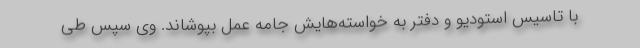
با تاسیس استودیو و دفتر به خواسته‌هایش جامه عمل بپوشاند. وی سپس طی